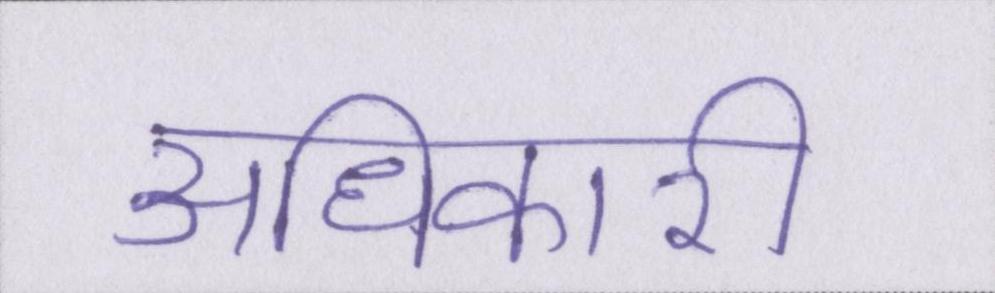
अधिकारी